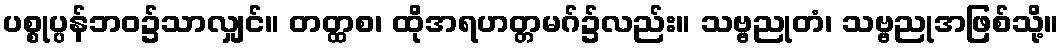
ပစ္စုပ္ပန်ဘဝ၌သာလျှင်။ တတ္ထစ၊ ထိုအရဟတ္တမဂ်၌လည်း။ သဗ္ဗညုတံ၊ သဗ္ဗညုအဖြစ်သို့။